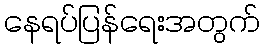
နေရပ်ပြန်ရေးအတွက်